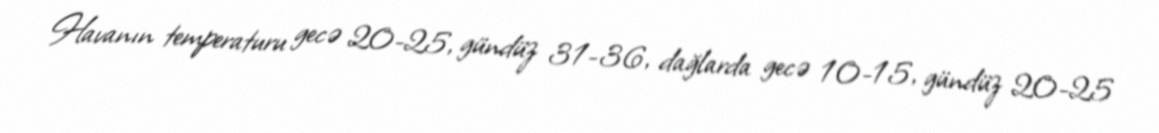
Havanın temperaturu gecə 20-25, gündüz 31-36, dağlarda gecə 10-15, gündüz 20-25